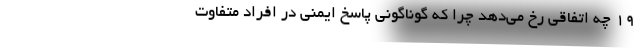
۱۹ چه اتفاقی رخ می‌دهد چرا که گوناگونی پاسخ ایمنی در افراد متفاوت